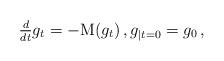
LaTeX: \begin{align*}\tfrac{d}{dt}g_t=-{\rm M} (g_t)\,,g_{|t=0}=g_0\,,\end{align*}